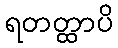
ရတတ္ထာပိ